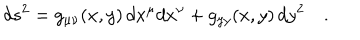
LaTeX: d s ^ { 2 } = g _ { \mu \nu } ( x , y ) \, d x ^ { \mu } d x ^ { \nu } + g _ { y y } ( x , y ) \, d y ^ { 2 } \quad .